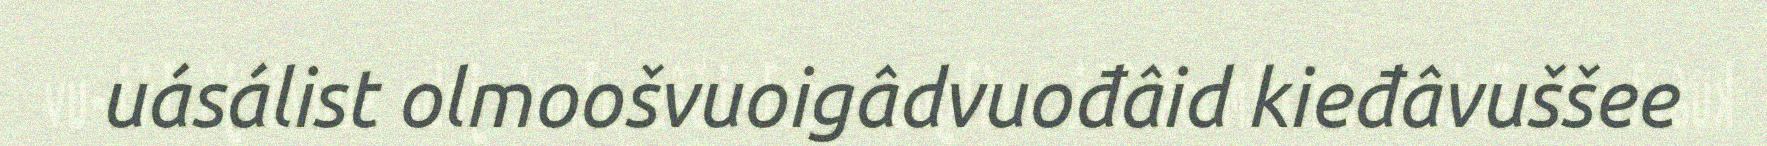
uásálist olmoošvuoigâdvuođâid kieđâvuššee